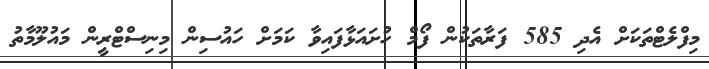
މިފްލެޓްތަކަށް އެދި 585 ފަރާތަކުން ފޯމް ހުށައަޅާފައިވާ ކަމަށް ހައުސިން މިނިސްޓްރީން މައުލޫމާތު